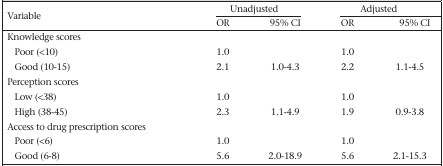
| <ROWSPAN=2> Variable | <COLSPAN=2> Unadjusted | <COLSPAN=2> Adjusted |
 | OR | 95% CI | OR | 95% CI |
 | --- | --- | --- | --- | --- |
 | Knowledge scores |  |  |  |  |
 | Poor (<10) | 1.0 |  | 1.0 |  |
 | Good (10-15) | 2.1 | 1.0-4.3 | 2.2 | 1.1-4.5 |
 | Perception scores |  |  |  |  |
 | Low (<38) | 1.0 |  | 1.0 |  |
 | High (38-45) | 2.3 | 1.1-4.9 | 1.9 | 0.9-3.8 |
 | Access to drug prescription scores |  |  |  |
 | Poor (<6) | 1.0 |  | 1.0 |  |
 | Good (6-8) | 5.6 | 2.0-18.9 | 5.6 | 2.1-15.3 |